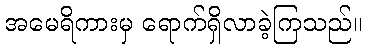
အမေရိကားမှ ရောက်ရှိလာခဲ့ကြသည်။